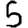
Digit: 5